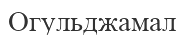
Огульджамал